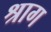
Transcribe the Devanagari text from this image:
श्राग